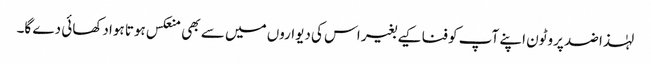
لہٰذا ضد پروٹون اپنے آپ کو فنا کیے بغیر اس کی دیواروں میں سے بھی منعکس ہوتا ہوا دکھائی دے گا۔